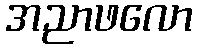
အညာဖလော